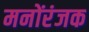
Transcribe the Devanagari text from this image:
मनोंरंजक